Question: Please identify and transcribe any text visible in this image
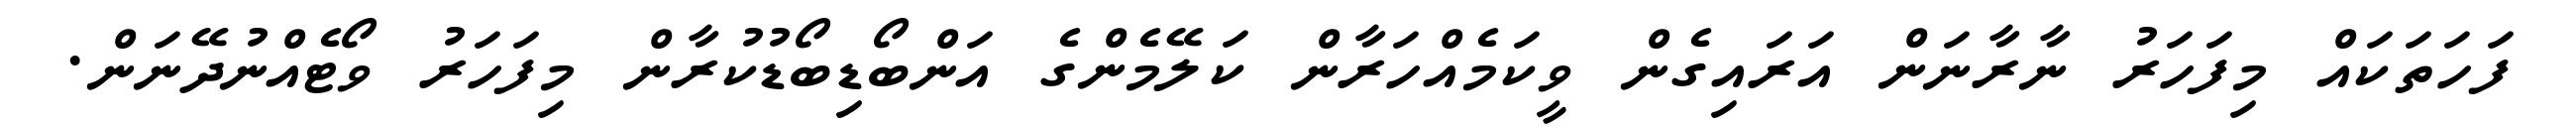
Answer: ފަހަތަކައް މިފަހަރު ނާރާނަން އަރައިގެން ވީކަމެއްހަރާން ކަލޭމެންގެ އަންބޯޑިބޯޑުކުރާން މިފަހަރު ވޯޓެއްނުދޭނަން.